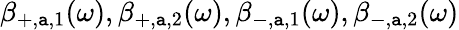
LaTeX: \beta_{+,\mathtt{a},1}(\omega),\beta_{+,\mathtt{a},2}(\omega),\beta_{-,\mathtt{a},1}(\omega),\beta_{-,\mathtt{a},2}(\omega)